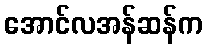
အောင်လအန်ဆန်က